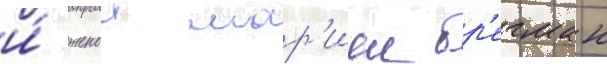
и́ женои мар'иеи бр'егман